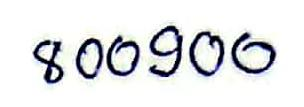
800900